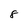
Character: 8